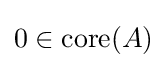
0\in \operatorname {core} (A)